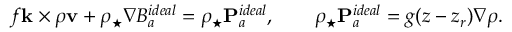
f { \bf k } \times \rho { \bf v } + \rho _ { \star } \nabla B _ { a } ^ { i d e a l } = \rho _ { \star } { \bf P } _ { a } ^ { i d e a l } , \qquad \rho _ { \star } { \bf P } _ { a } ^ { i d e a l } = g ( z - z _ { r } ) \nabla \rho .